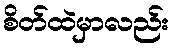
စိတ်ထဲမှာလည်း